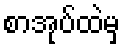
စာအုပ်ထဲမှ